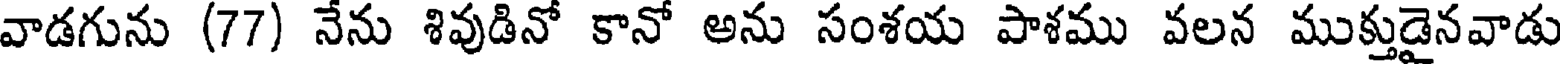
వాడగును (77) నేను శివుడినో కానో అను సంశయ పాశము వలన ముక్తుడైనవాడు